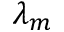
\lambda _ { m }